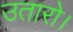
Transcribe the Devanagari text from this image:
उतारो।